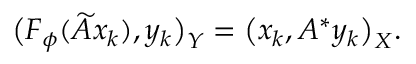
\bigl ( F _ { \phi } ( \widetilde { A } x _ { k } ) , y _ { k } \bigr ) _ { Y } = \bigl ( x _ { k } , A ^ { * } y _ { k } \bigr ) _ { X } .